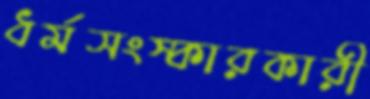
ধর্মসংস্কারকারী